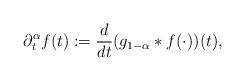
LaTeX: \begin{align*}\partial_{t}^{\alpha}f(t) := \frac{d}{dt}(g_{1-\alpha}*f(\cdot))(t),\end{align*}